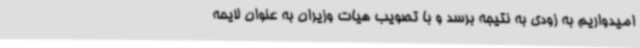
امیدواریم به زودی به نتیجه برسد و با تصویب هیات وزیران به عنوان لایحه